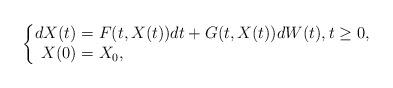
LaTeX: \begin{align*}\begin{cases}\begin{aligned}dX(t) &= F(t,X(t))dt+G(t,X(t))dW(t), t\geq 0, \\X(0)&=X_0,\end{aligned}\end{cases}\end{align*}